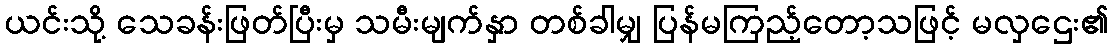
ယင်းသို့ သေခန်းဖြတ်ပြီးမှ သမီးမျက်နှာ တစ်ခါမျှ ပြန်မကြည့်တော့သဖြင့် မလှဌေး၏